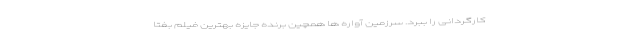
کارگردانی را ببرد. سرزمین آواره ها همچین برنده جایزه بهترین فیلم بفتا